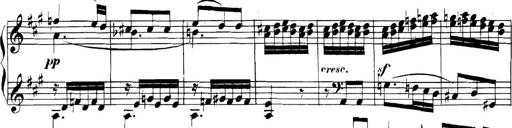
Title: Collected Piano Sonatas
Composer: Muzio Clementi